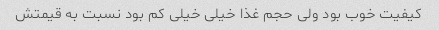
کیفیت خوب بود ولی حجم غذا خیلی خیلی کم بود نسبت به قیمتش